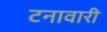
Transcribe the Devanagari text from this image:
टनावारी